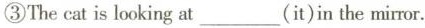
③The cat is looking at___(it)in the miror.